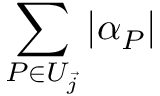
\sum _ { P \in U _ { \vec { j } } } | \alpha _ { P } |